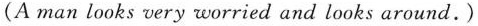
(A man looks very worried and looks around.)